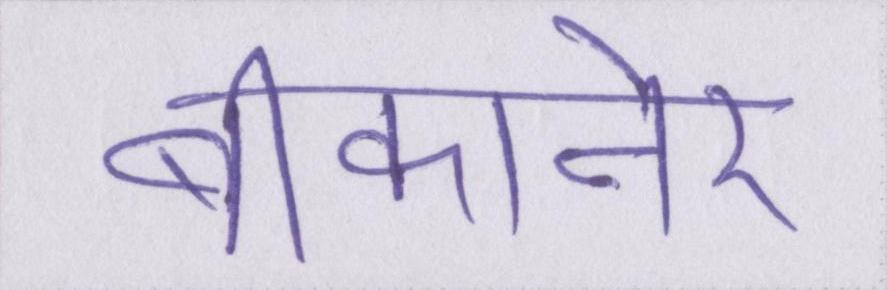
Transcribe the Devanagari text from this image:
बीकानेर